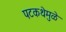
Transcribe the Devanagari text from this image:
पटकथेमुळे